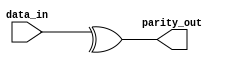
//============================================================================//
//                                                                            //
//      Parameterize Parity Generator                                         //
//                                                                            //
//      Module name: parity_generator                                         //
//      Desc: parity generator, generates a single bit parity for a specified //
//            input data width                                                //
//      Developer: Wesley New                                                 //
//      Licence: GNU General Public License ver 3                             //
//      Notes:                                                                //
//                                                                            //
//============================================================================//

module parity_generator #(
      //=============
      // Parameters
      //=============
      parameter DATA_WIDTH  = 32,
      parameter PARITY_TYPE = 0   // 0 - Even Parity, 1 - Odd Parity
   ) (
      //==============
      // Input Ports
      //==============
      input  [DATA_WIDTH-1:0] data_in,

      //===============
      // Input Ports
      //===============
      output reg              parity_out
   );

   always @(*) begin
      parity_out = PARITY_TYPE ? !(^data_in[DATA_WIDTH-1:0]) : ^data_in[DATA_WIDTH-1:0];
   end

endmodule